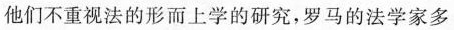
他们不重视法的形而上学的研究，罗马的法学家多